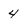
Character: 4